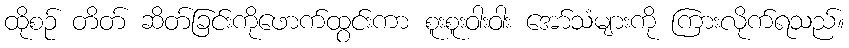
ထိုစဉ် တိတ် ဆိတ်ခြင်းကိုဖောက်ထွင်းကာ စူးစူးဝါးဝါး အော်သံများကို ကြားလိုက်ရသည်။